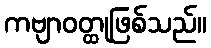
ကဗျာဝတ္ထုဖြစ်သည်။